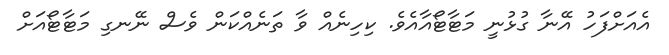
އެއަށްފަހު އޭނާ ގުޅުނީ މަޓާޓޯއާއެވެ. ކިހިނެއް ވާ ތަނެއްކަން ވެސް ނޭނގި މަޓާޓޯއަށް